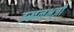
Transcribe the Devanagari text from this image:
इखलभजी